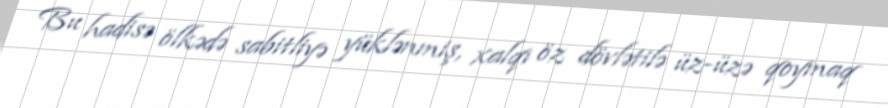
Bu hadisə ölkədə sabitliyə yüklənmiş, xalqı öz dövlətilə üz-üzə qoymaq